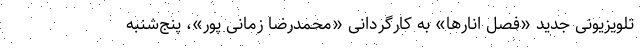
تلویزیونی جدید «فصل انارها» به کارگردانی «محمدرضا زمانی پور»، پنج‌شنبه